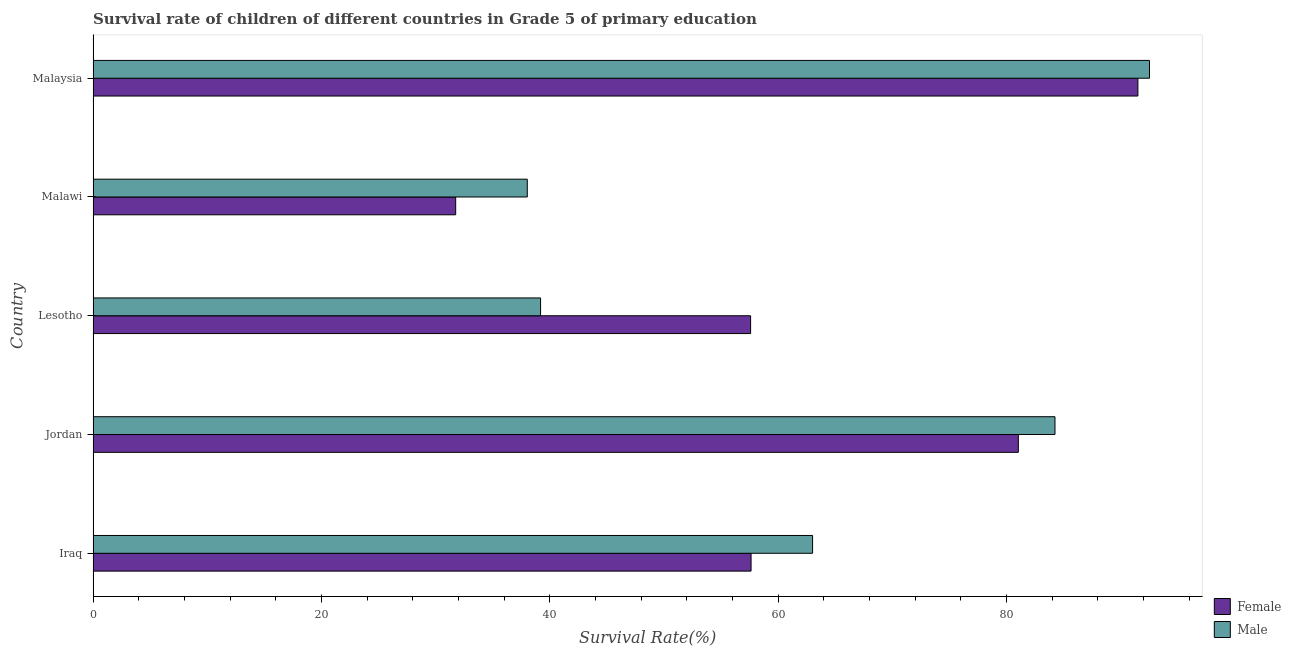
| Country | Female | Male |
 | --- | --- | --- |
 | Iraq | 57.6 | 63 |
 | Jordan | 81 | 84.2 |
 | Lesotho | 57.6 | 39.2 |
 | Malawi | 31.8 | 38 |
 | Malaysia | 91.5 | 92.5 |